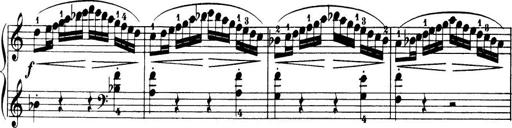
Title: 32 Sonatinas and Rondos for the Piano
Composer: Richard Kleinmichel